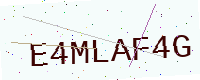
Text: E4MLAF4G